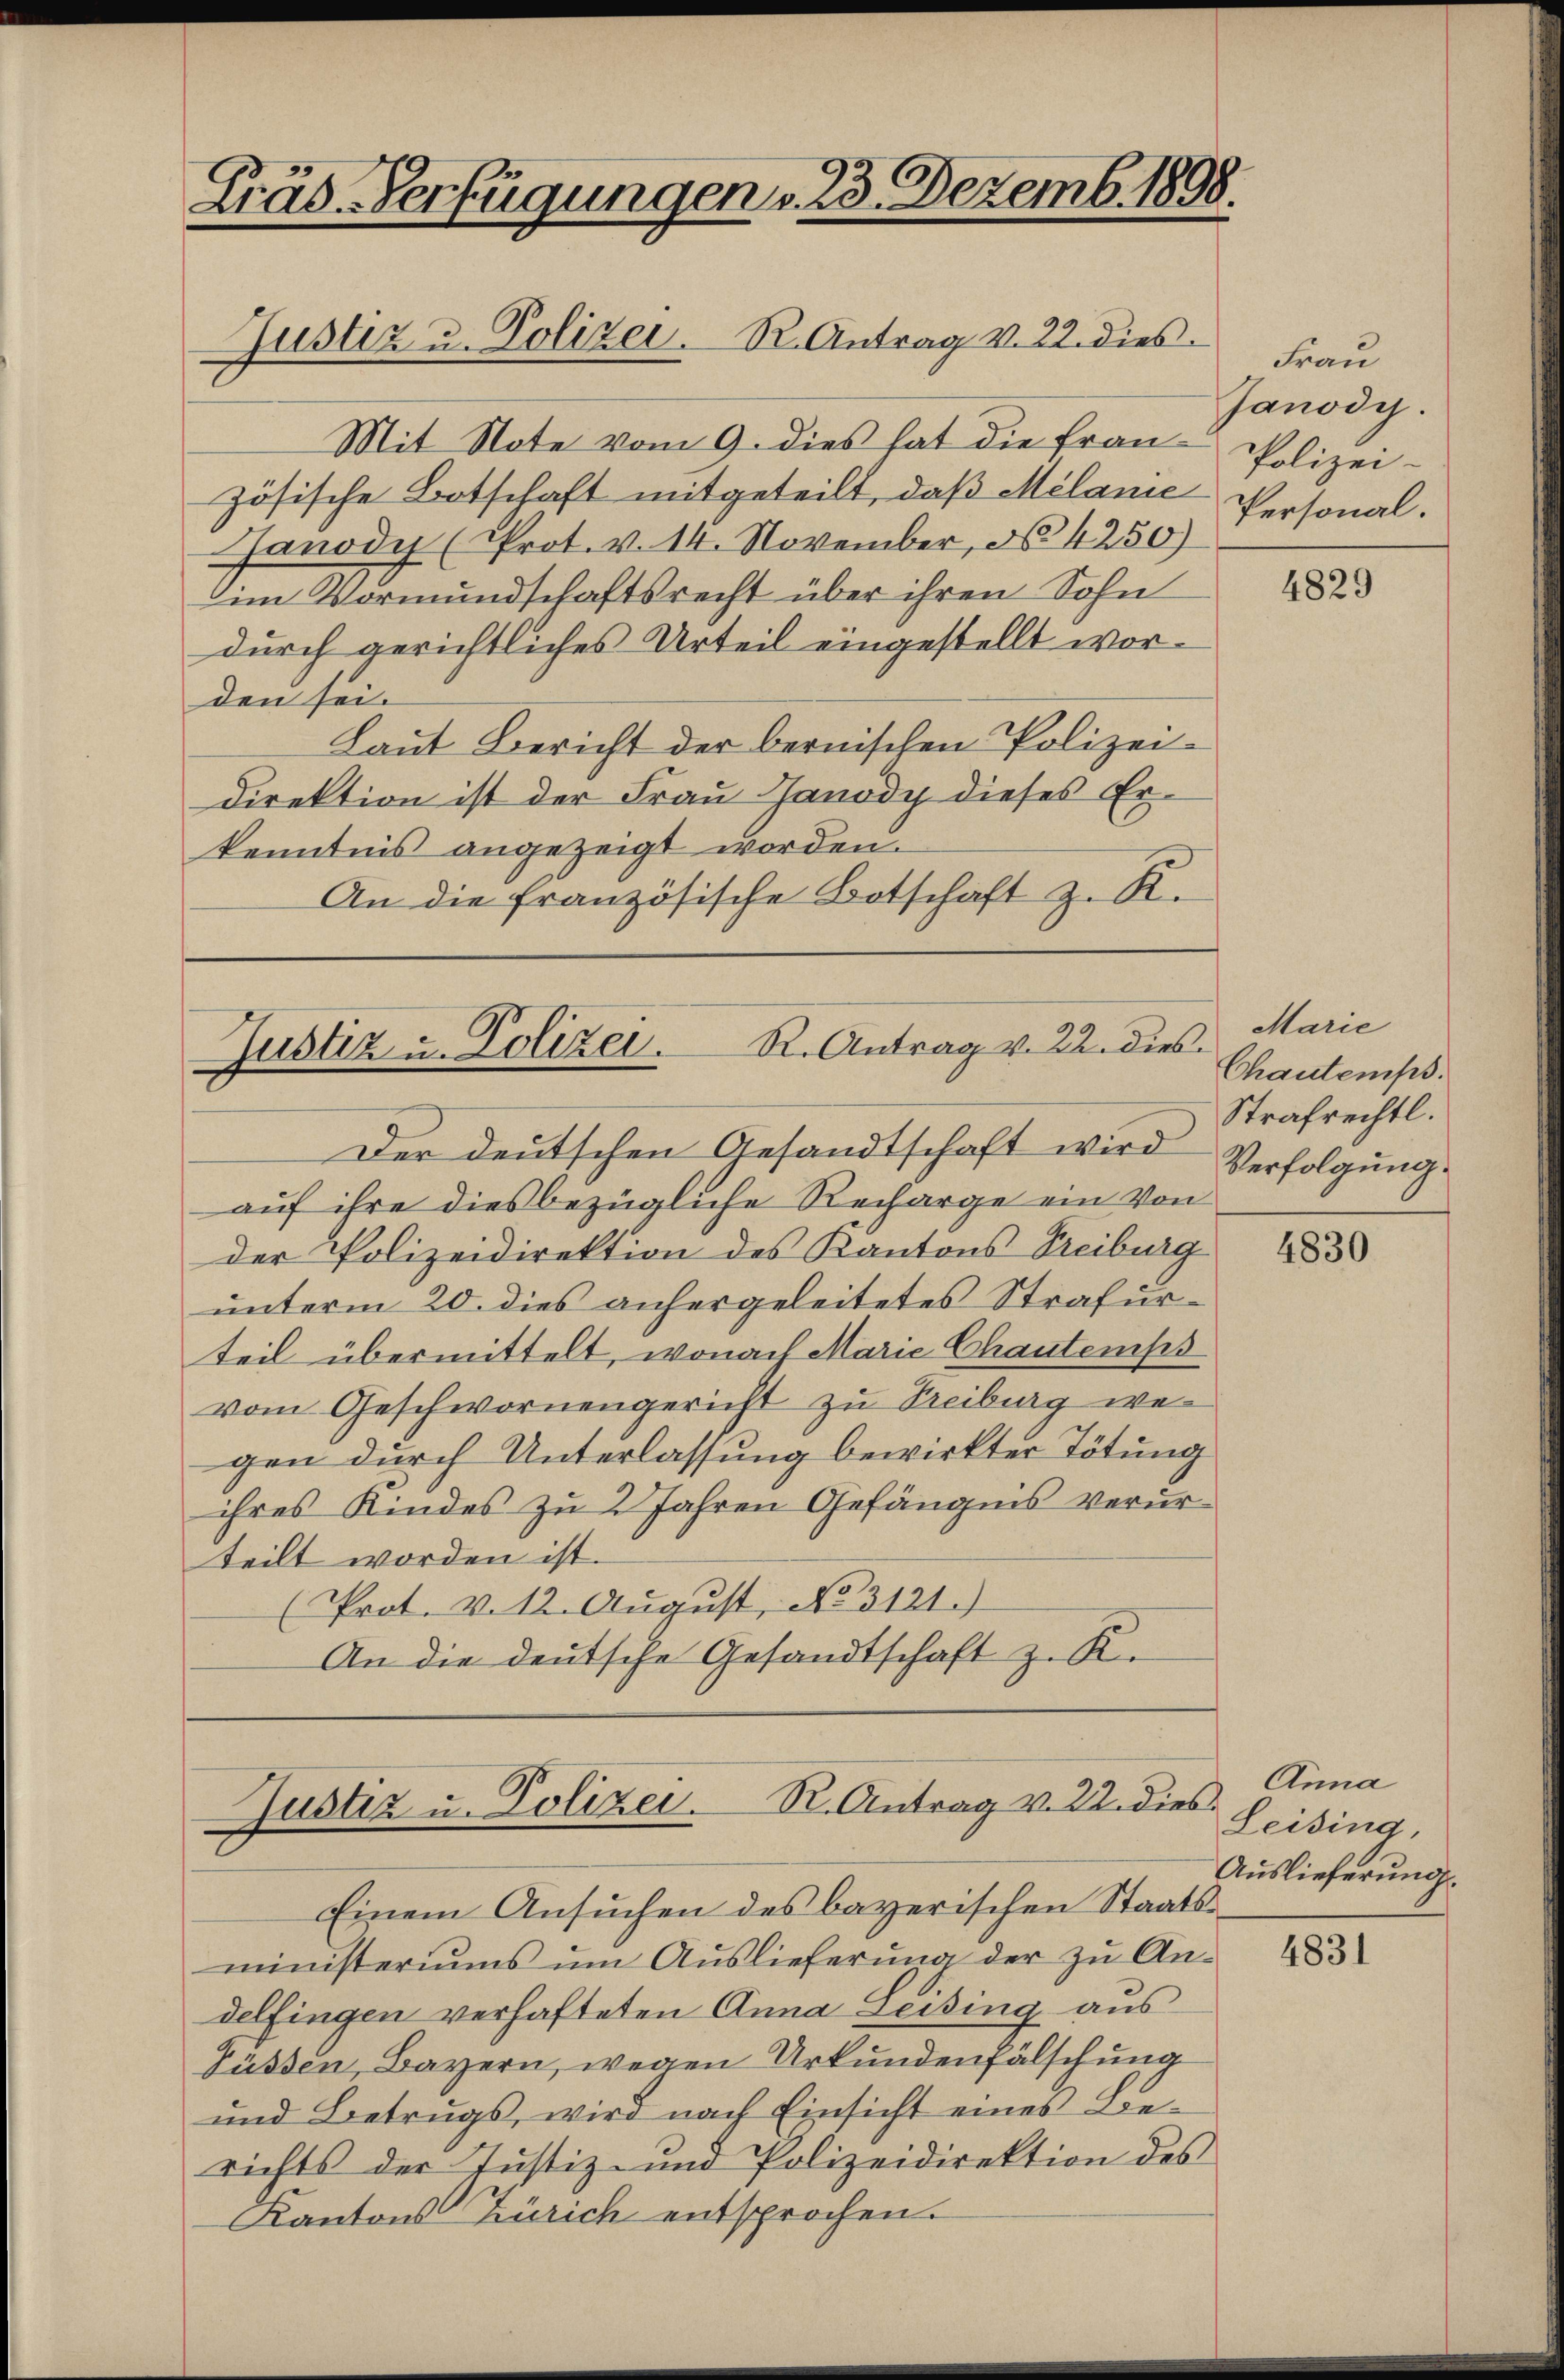
Präs. Verfügungen v. 23. Dezemb. 1898.
Justiz u. Polizei. R. Antrag v. 22. dies

Mit Note vom 9. dies hat die französische Botschaft mitgeteilt, daß Melanie
Janody (Prot. v. 14. November, No 4250)
im Vormundschaftsrecht über ihren Sohn
durch gerichtliches Urteil eingestellt worden sei.
Laut Bericht der bernischen Polizei-
direktion ist der Frau Sanody dieses Erkenntnis angezeigt worden.
An die französische Botschaft z. R.

Justiz u. Polizei. R. Antrag v. 22. dies
Der deutschen Gesandtschaft wird Verfolgung

auf ihre dies bezügliche Recharge ein Von
der Polizeidirektion des Kantons Treiburg
unterm 20. dies anhergeleitetes Strafurteil übermittelt, wonach Marie Chautemps
vom Geschwornengericht zu Treiburg wegen durch Unterlassung bewirkter Tötung
ihres Kindes zu 2 Jahren Gefängnis verurteilt worden ist.
(Prot. v. 12. Aŭgŭst No. 3121.)
An die deutsche Gesandtschaft z. R.

Justiz u. Polizei. R. Antrag v. 22. dies

Frau
Janody.
Polizei-
Personal.

Einem Ansuchen des bayerischen Staatsministeriums um Auslieferung der zu Andelfingen verhafteten Anna Zeising aus
Füssen, Bayern, wegen Urkundenfälschung
und Betrugs, wird nach Einsicht eines Berichts der Justiz- und Polizeidirektion des
Kantons Zürich entsprochen.

4829

Marie
Chautemps.
Strafrechtl.

4830

Anna
Leising,
Auslieferung

4831